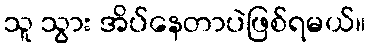
သူ သွား အိပ်နေတာပဲဖြစ်ရမယ်။